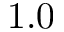
1 . 0